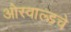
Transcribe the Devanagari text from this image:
ओस्वाल्डचे